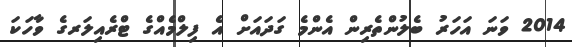
2014 ވަނަ އަހަރު ބެލުންތެރިން އެންމެ ގަދައަށް އެ ފިލްމެއްގެ ޓްރެއިލަރގެ ވާހަކަ